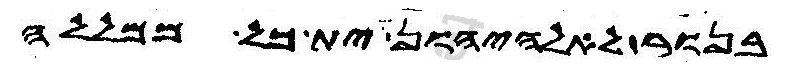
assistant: בנור לאלהיהון ית כל ממללה